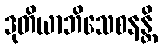
ဒုတိယာဘိသေစနန္တိ